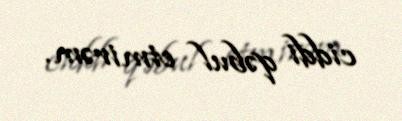
ciddi qəbul etmirəm.